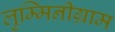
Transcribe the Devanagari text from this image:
लुम्मिनीग्राम